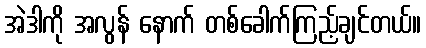
အဲဒါကို အလွန် နောက် တစ်ခေါက်ကြည့်ချင်တယ်။